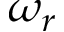
\omega _ { r }